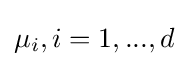
\mu _{i},i=1,...,d